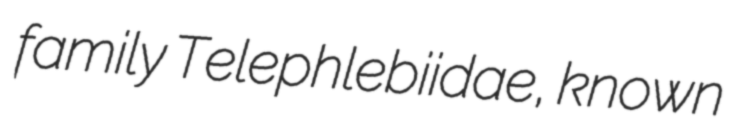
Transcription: family Telephlebiidae, known